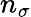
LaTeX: n_{\sigma}